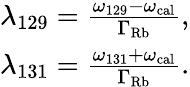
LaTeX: \begin{array}{r}{\lambda_{129}=\frac{\omega_{129}-\omega_{\mathrm{cal}}}{\Gamma_{\mathrm{Rb}}},}\\ {\lambda_{131}=\frac{\omega_{131}+\omega_{\mathrm{cal}}}{\Gamma_{\mathrm{Rb}}}.}\end{array}